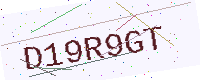
Text: D19R9GT